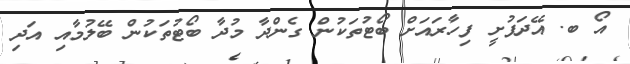
އޯ ބ. އޭދަފުށީ ފިހާރައަށް ބޯޓުތަކުން ގެންދާ މުދާ ބޯޓުތަކުން ބޭލުމާއި އަދި